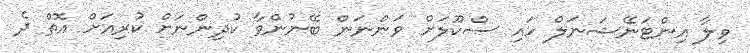
ވިލާ އިންޓަނޭޝަނަލް ހައި ސްކޫލަށް ވަންނަން ބޭނުންވާ ކުދިންނަށް ކުރިއަށް އޮތް ދެ